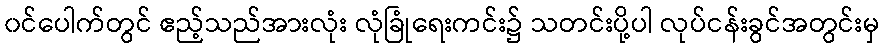
၀င်ပေါက်တွင် ဧည့်သည်အားလုံး လုံခြုံရေးကင်း၌ သတင်းပို့ပါ လုပ်ငန်းခွင်အတွင်းမှ